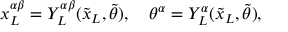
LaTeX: { x _ { L } ^ { \alpha \beta } } = Y _ { L } ^ { \alpha \beta } ( { \tilde { x } _ { L } } , { \tilde { \theta } } ) , \quad { \theta ^ { \alpha } } = Y _ { L } ^ { \alpha } ( { \tilde { x } _ { L } } , { \tilde { \theta } } ) ,